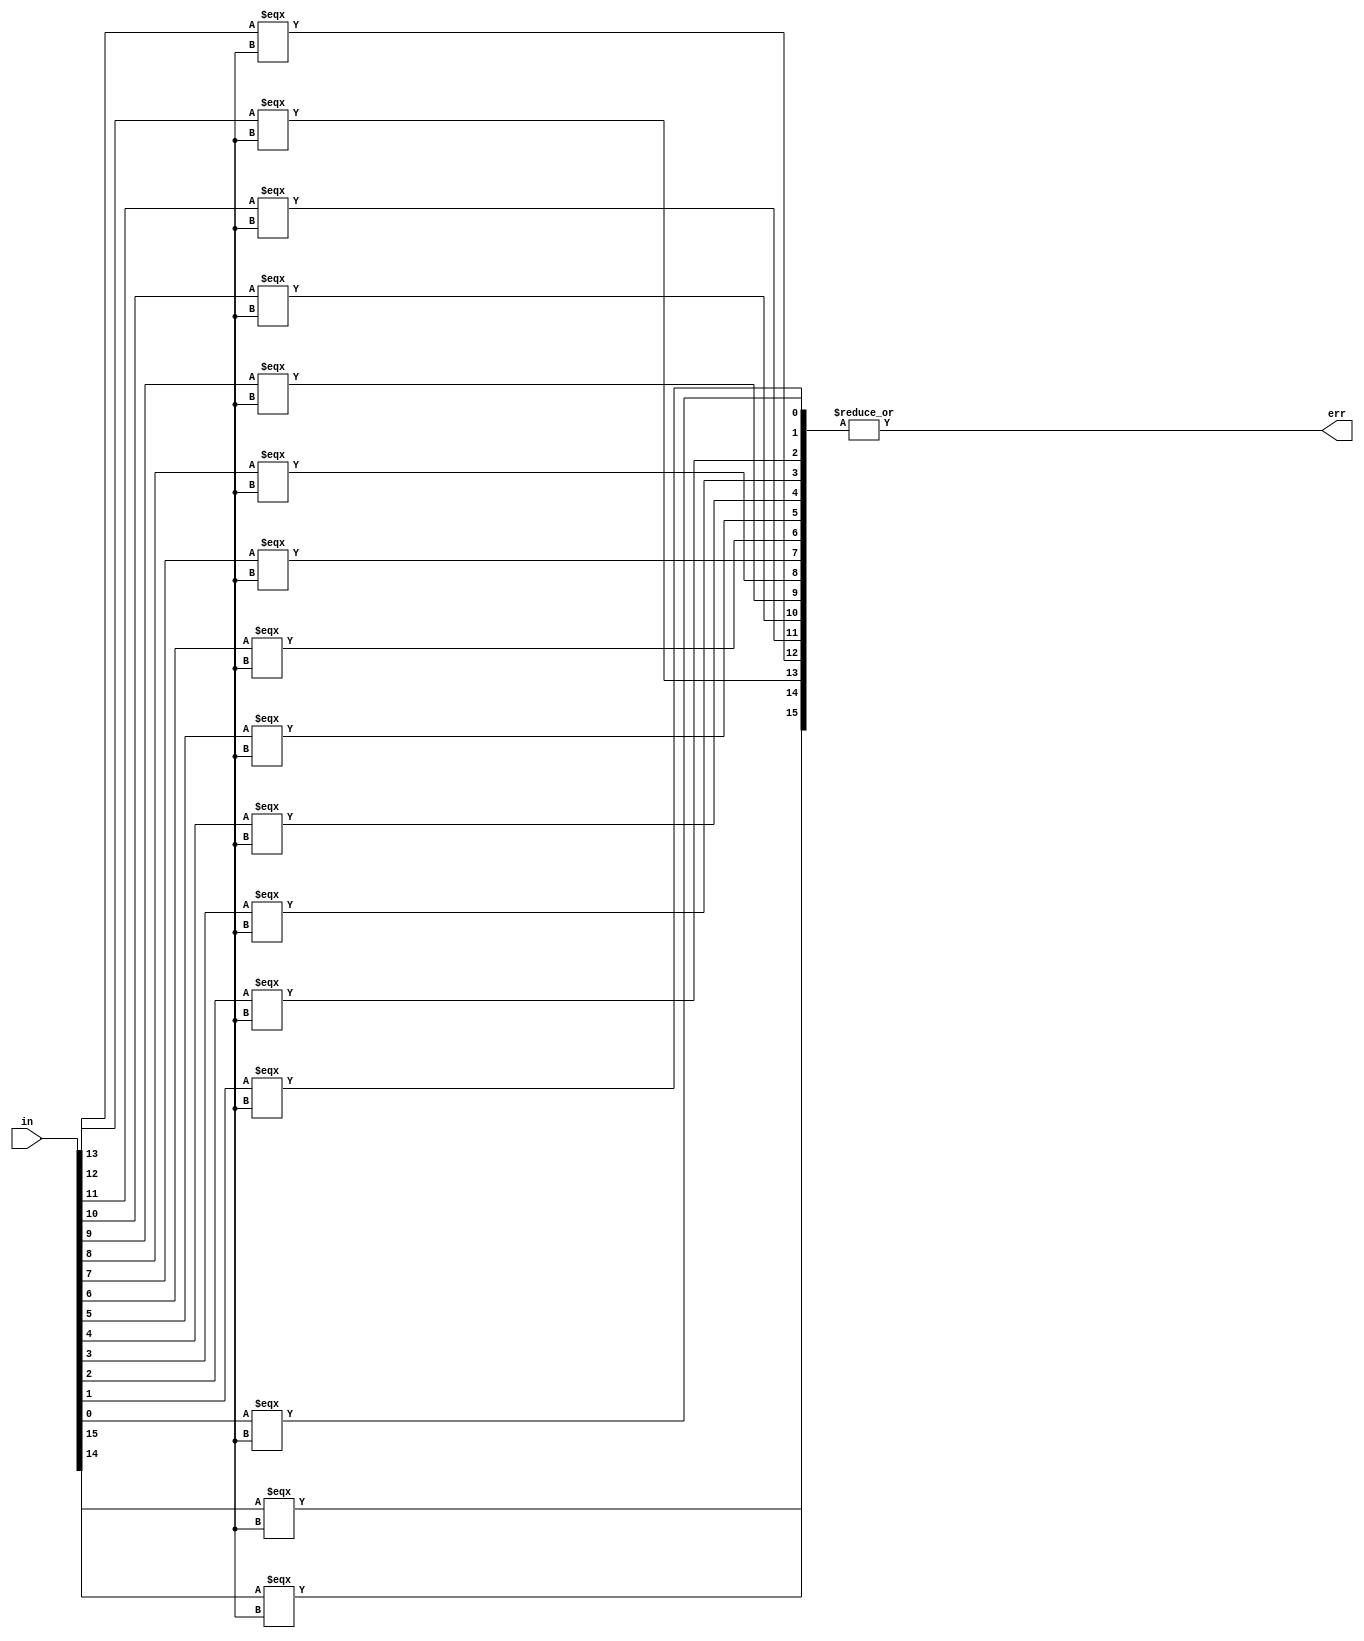
module err_ck_16b(in, err);

	input [15:0] in;
	output err;

	wire [15:0] tmp;

	assign tmp[15] = in[15] === 1'bx;
	assign tmp[14] = in[14] === 1'bx;
	assign tmp[13] = in[13] === 1'bx;
	assign tmp[12] = in[12] === 1'bx;
	assign tmp[11] = in[11] === 1'bx;
	assign tmp[10] = in[10] === 1'bx;
	assign tmp[9] = in[9] === 1'bx;
	assign tmp[8] = in[8] === 1'bx;
	assign tmp[7] = in[7] === 1'bx;
	assign tmp[6] = in[6] === 1'bx;
	assign tmp[5] = in[5] === 1'bx;
	assign tmp[4] = in[4] === 1'bx;
	assign tmp[3] = in[3] === 1'bx;
	assign tmp[2] = in[2] === 1'bx;
	assign tmp[1] = in[1] === 1'bx;
	assign tmp[0] = in[0] === 1'bx;

	assign err = |tmp;

endmodule